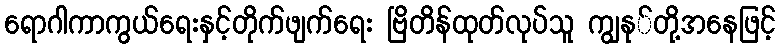
ရောဂါကာကွယ်ရေးနှင့်တိုက်ဖျက်ရေး ဗြိတိန်ထုတ်လုပ်သူ ကျွနု်တို့အနေဖြင့်